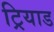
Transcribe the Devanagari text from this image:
ट्रियाड